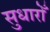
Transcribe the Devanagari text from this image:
सुधारोँ